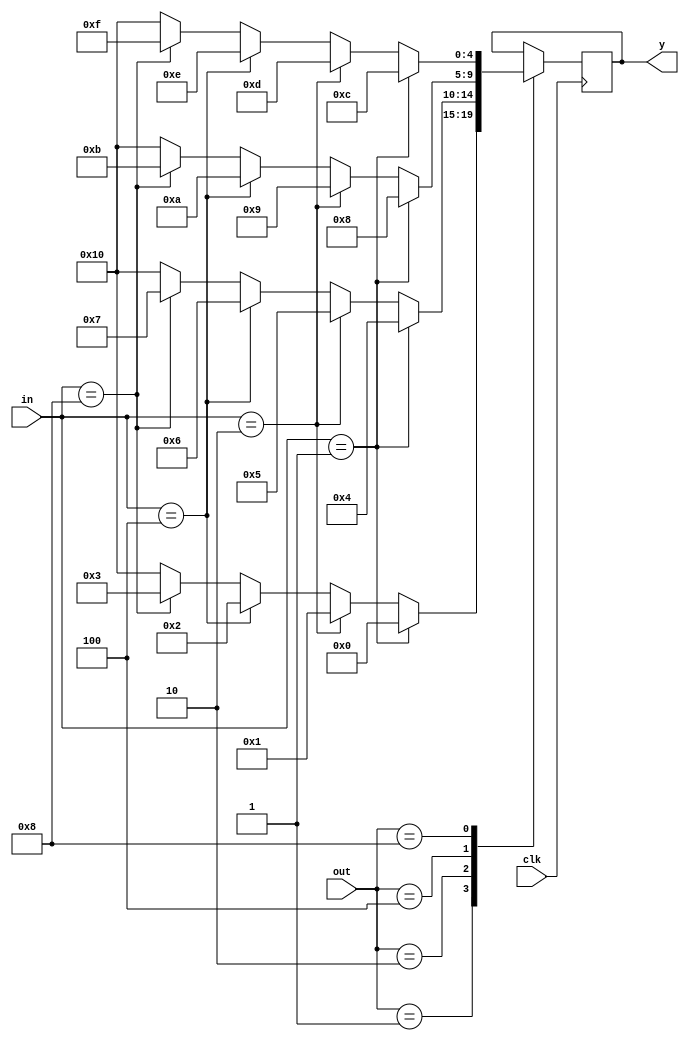
`timescale 1ns / 1ps


//OUTPUT THE CORRECT KEY PRESSED
module keypad(
input clk,
input [3:0]out,
input [3:0]in,
output reg [4:0]y
    );

always @(posedge clk)begin
case(out)
   4'b0001:begin
       if(in==4'b0001)begin y<=0;end
       else if(in==4'b0010)begin y<=1;end
       else if(in==4'b0100)begin y<=2;end
       else if(in==4'b1000)begin y<=3;end
       else begin y<=16;end
   end
   
   4'b0010:begin
       if(in==4'b0001)begin y<=4;end
       else if(in==4'b0010)begin y<=5;end
       else if(in==4'b0100)begin y<=6;end
       else if(in==4'b1000)begin y<=7;end
       else begin y<=16;end
   end
   
   4'b0100:begin
       if(in==4'b0001)begin y<=8;end
       else if(in==4'b0010)begin y<=9;end
       else if(in==4'b0100)begin y<=10;end
       else if(in==4'b1000)begin y<=11;end
       else begin y<=16;end
   end
   
   4'b1000:begin
       if(in==4'b0001)begin y<=12;end
       else if(in==4'b0010)begin y<=13;end
       else if(in==4'b0100)begin y<=14;end
       else if(in==4'b1000)begin y<=15;end
       else begin y<=16;end
   end   
 endcase
end
endmodule